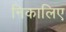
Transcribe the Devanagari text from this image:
निकालिए